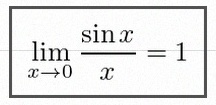
\lim_{x\to0}\frac{\sin x}{x}=1